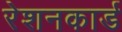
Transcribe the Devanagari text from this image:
रेशनकार्ड